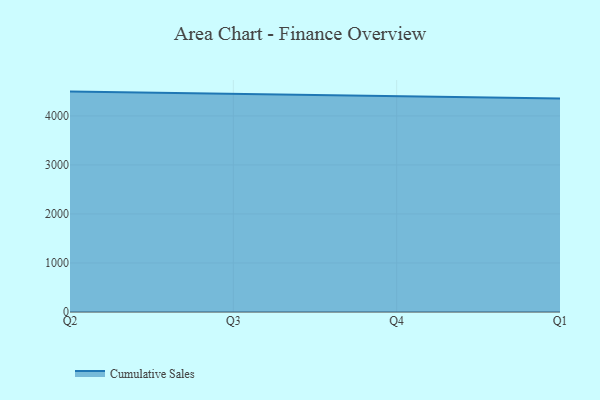
{"axis": {"x": "Quarter", "y": "LTV (USD)"}, "legend": ["Cumulative Sales"], "data": [{"x": "Q2", "y": 4495.8, "type": "Cumulative Sales"}, {"x": "Q3", "y": 4449.2, "type": "Cumulative Sales"}, {"x": "Q4", "y": 4406.8, "type": "Cumulative Sales"}, {"x": "Q1", "y": 4355.3, "type": "Cumulative Sales"}]}